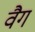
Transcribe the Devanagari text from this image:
वैग